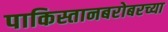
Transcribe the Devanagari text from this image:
पाकिस्तानबरोबरच्या